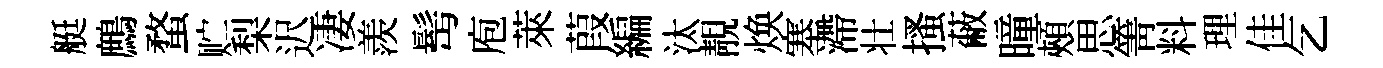
艇鷓蝥贮梨迟凄羨髩庖萊葭編汰靚焕塞滯壮搔蔽曈頰思箐料理佳乞